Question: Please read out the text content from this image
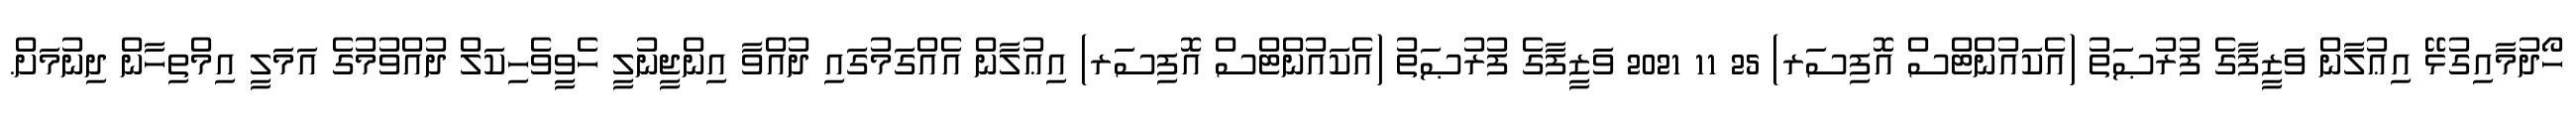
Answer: ހޯދުމާއިގުޅޭ އިޢުލާން ވަޒީފާގެ ފުރުޞަތު (އެކައުންޓްސް އޮފިސަރ) 25 11 2021 ވަޒީފާގެ ފުރުޞަތު (އެކައުންޓްސް އޮފިސަރ) އިޢުލާން އެއްގަމުގައި ދުއްވާ އިންޖީނުލީ ހެވީވެހިކަލް ދުއްވުމުގެ އަމަލީ އިމްތިހާން ދިނުމަށް.